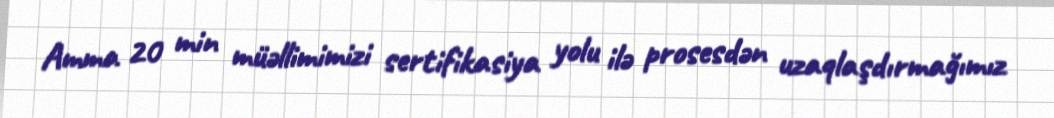
Amma 20 min müəllimimizi sertifikasiya yolu ilə prosesdən uzaqlaşdırmağımız